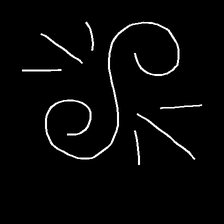
Glyph: wind-directs-air